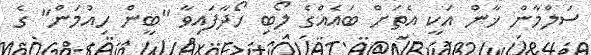
ސަލްމާން ޚާން އަކީ އެތަށް ބައެއްގެ ލޯބި ހޯދާފައިވާ "ބީން ހިއުމަން" ގެ